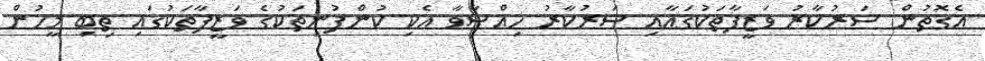
އެގޮތުން ސަރުކާރު ވަޒީފާތަކުގައާއި ސަރުކާރު ހިއްސާވާ އެކި ކުންފުނިތަކުގެ ވަޒީފާތަކުގައި ތިބި މީހުން